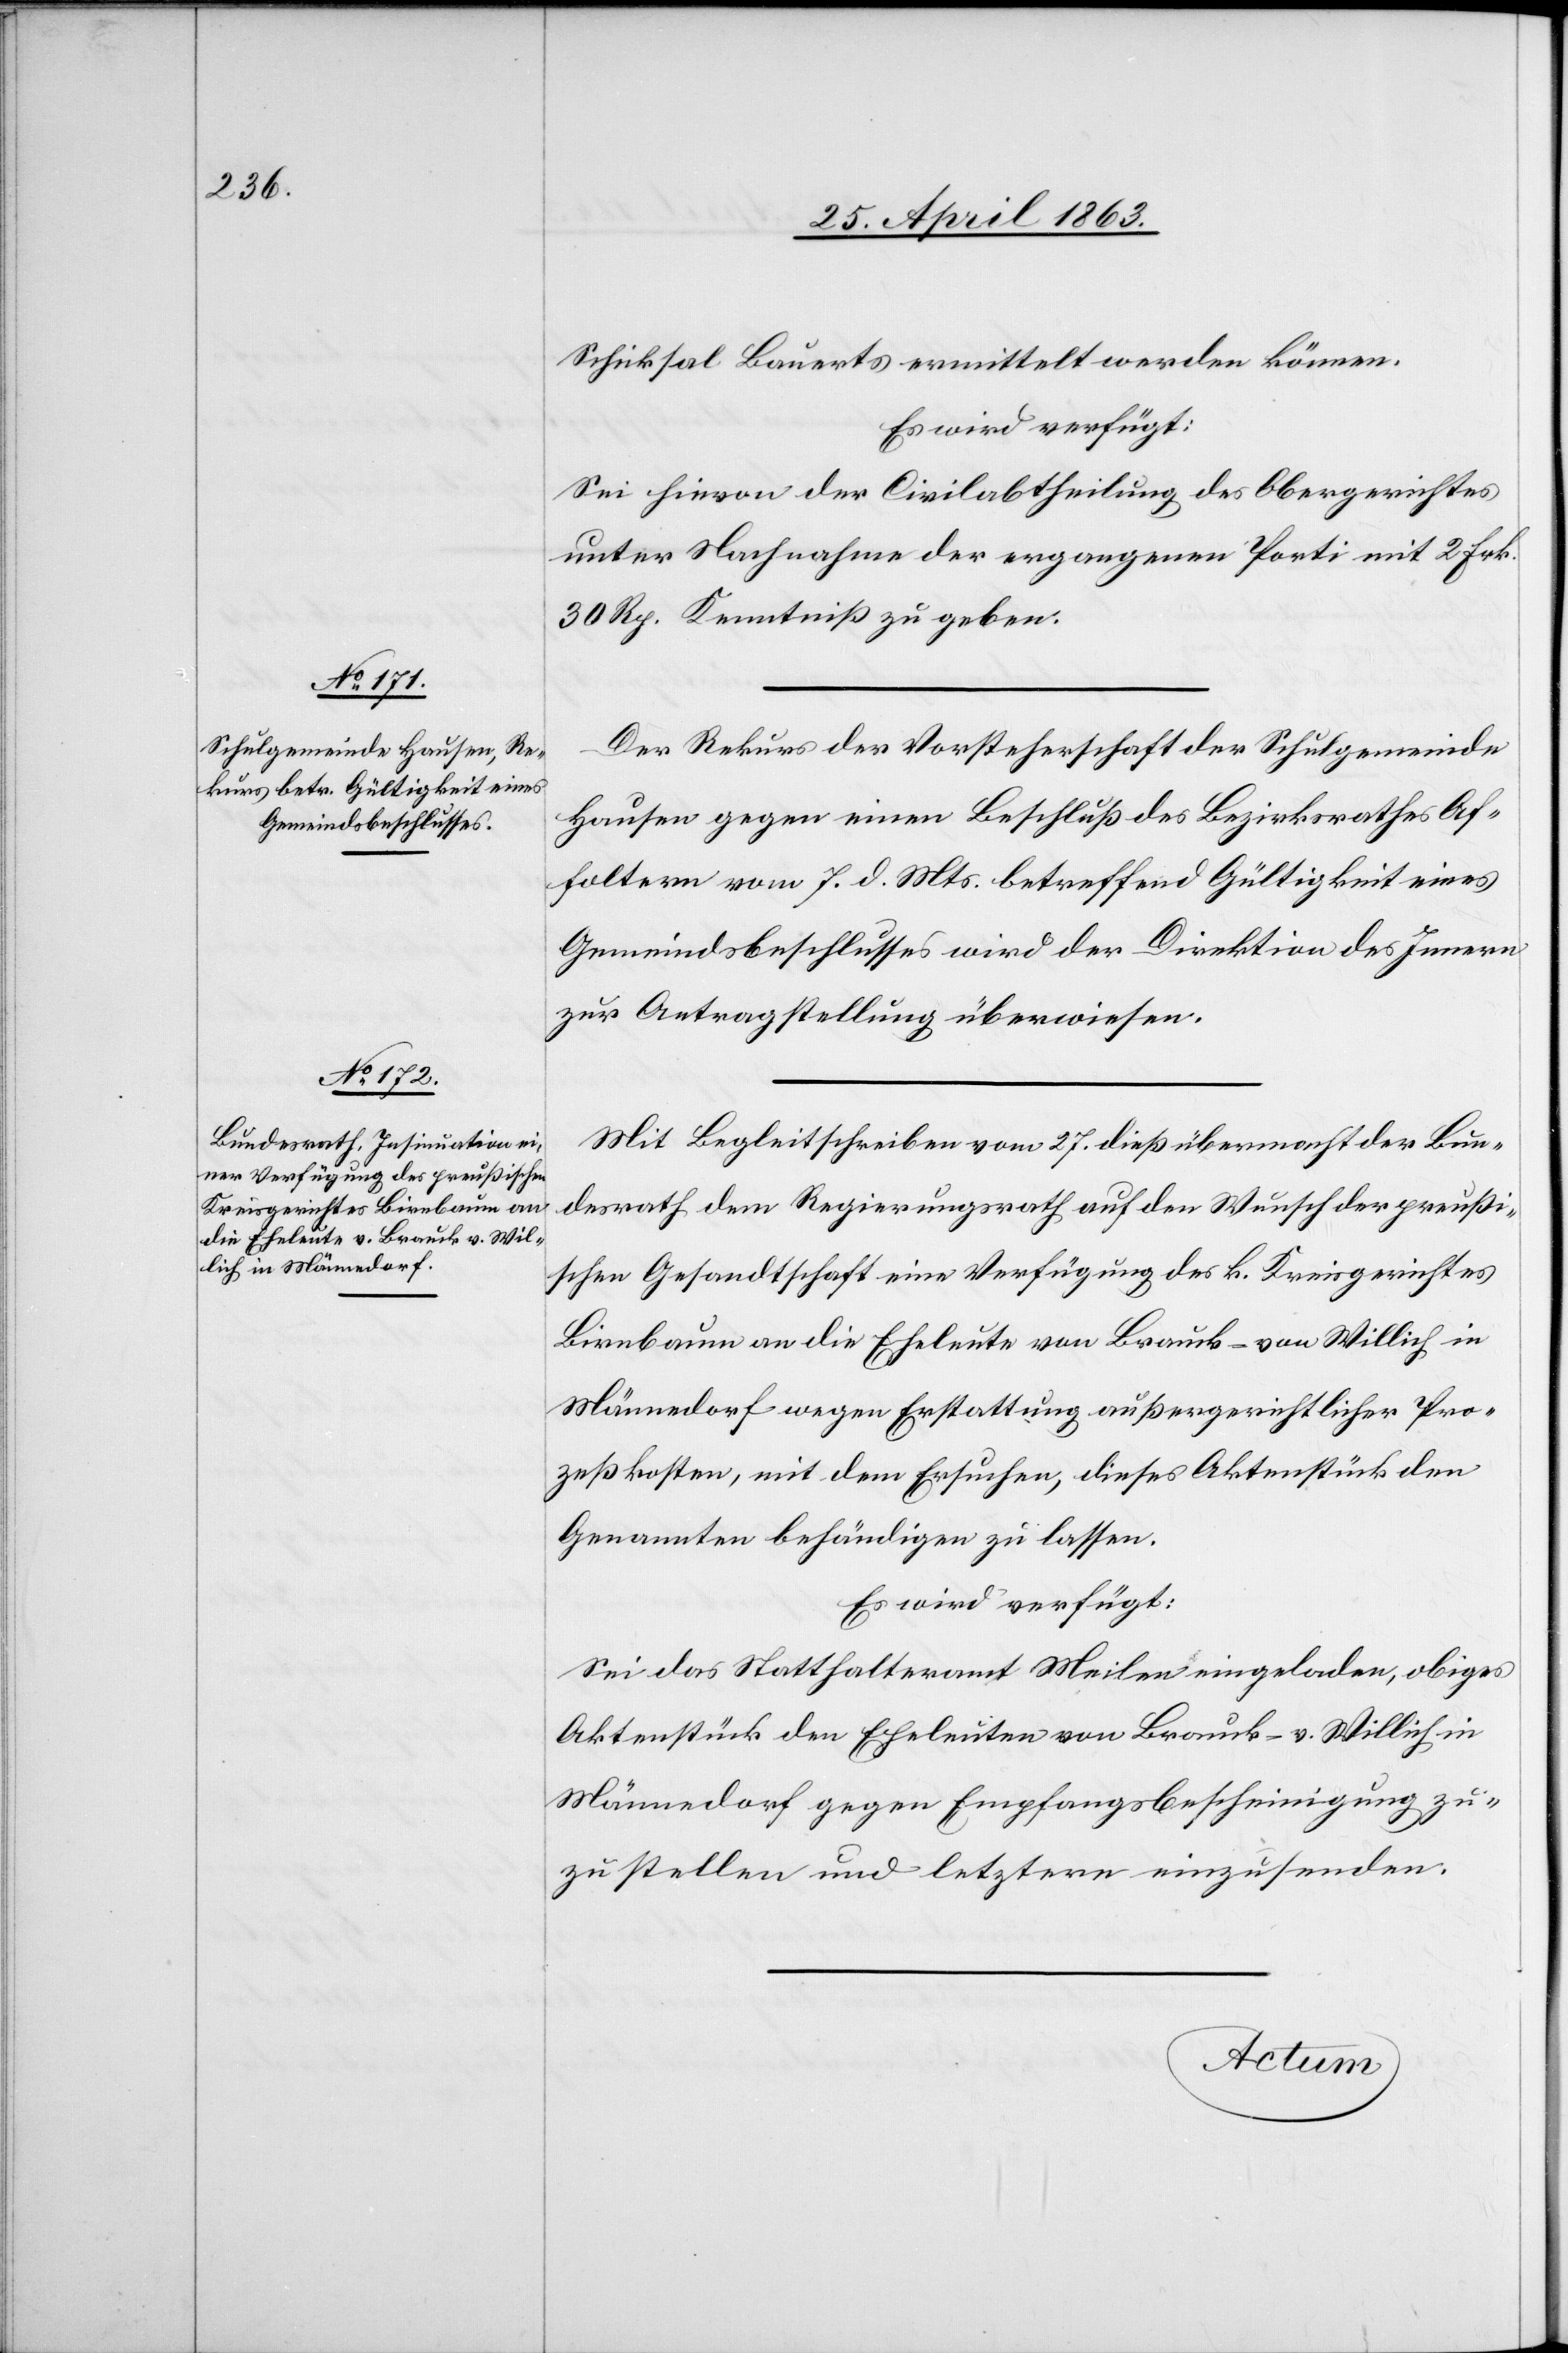
29. April 1863.]
Schicksal Bauerts ermittelt werden können.
Es wird verfügt:
Sei hievon der Civilabtheilung des Obergerichtes
unter Nachnahme der ergangenen Porti mit 2 Frk.
30 Rp. Kenntniß zu geben.
Der Rekurs der Vorsteherschaft der Schulgemeinde
Hausen gegen einen Beschluß des Bezirksrathes Af¬
foltern vom 7. d. Mts. betreffend Gültigkeit eines
Gemeindsbeschlusses wird der Direktion des Innern
zur Antragstellung überwiesen.
Mit Begleitschreiben vom 27. dieß übermacht der Bun¬
desrath dem Regierungsrath auf den Wunsch der preußi¬
schen Gesandtschaft eine Verfügung des k. Kreisgerichtes
Birnbaum an die Eheleute von Brauck-von Willich
Männedorf wegen Erstattung außergerichtlicher Pro¬
zeßkosten, mit dem Ersuchen, dieses Aktenstück den
Genannten behändigen zu lassen.
Es wird verfügt:
Sei das Statthalteramt Meilen eingeladen, obiges
Aktenstück den Eheleuten von Brauck-v. Willich in
Männedorf gegen Empfangsbescheinigung zu¬
zustellen und letztern einzusenden.